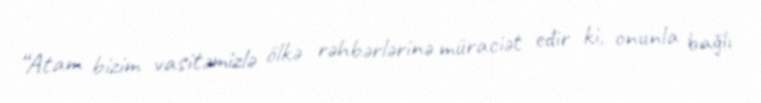
“Atam bizim vasitəmizlə ölkə rəhbərlərinə müraciət edir ki, onunla bağlı